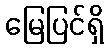
မြေပြင်ရှိ